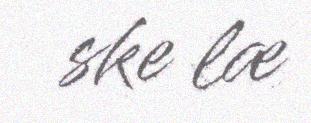
ske læ